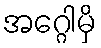
အဂ္ဂေါမှိ